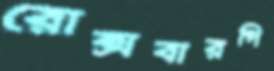
রোক্সবারগি